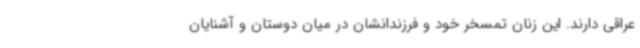
عراقی دارند. این زنان تمسخر خود و فرزندانشان در میان دوستان و آشنایان